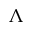
\Lambda